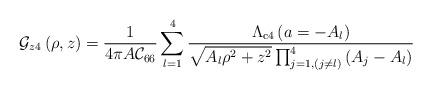
LaTeX: \begin{align*}{\cal G}_{z 4}\left(\rho,z\right)={\displaystyle\frac{1}{4\pi A{\cal C}_{66}}\sum_{l=1}^{4}{\frac{\Lambda_{\rm{c4}}\left(a=-A_l\right)}{\sqrt{A_l\rho^2+z^2}\prod_{j=1,(j\neq l)}^{4}{\left(A_j-A_l\right)}}}}\end{align*}